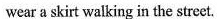
wear a skirt walking in the street.